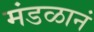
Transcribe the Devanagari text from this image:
मंडळानं